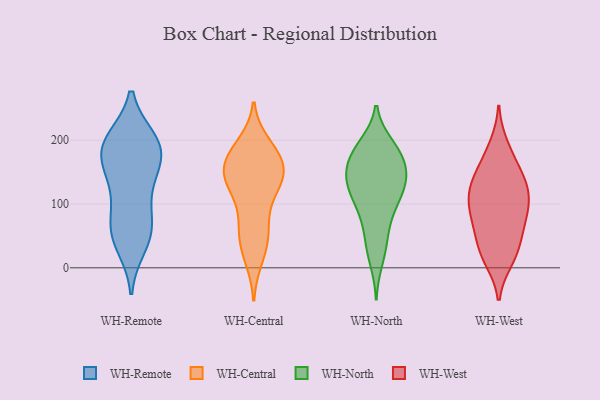
{"axis": {"x": "Population (Million)", "y": "Value"}, "legend": ["WH-Central", "WH-North", "WH-Remote", "WH-West"], "data": [{"x": "", "y": 195, "type": "WH-Remote"}, {"x": "", "y": 166, "type": "WH-Remote"}, {"x": "", "y": 52, "type": "WH-Remote"}, {"x": "", "y": 124, "type": "WH-Remote"}, {"x": "", "y": 198, "type": "WH-Remote"}, {"x": "", "y": 35, "type": "WH-Remote"}, {"x": "", "y": 71, "type": "WH-Remote"}, {"x": "", "y": 196, "type": "WH-Remote"}, {"x": "", "y": 51, "type": "WH-Remote"}, {"x": "", "y": 115, "type": "WH-Remote"}, {"x": "", "y": 159, "type": "WH-Remote"}, {"x": "", "y": 163, "type": "WH-Remote"}, {"x": "", "y": 187, "type": "WH-Remote"}, {"x": "", "y": 68, "type": "WH-Remote"}, {"x": "", "y": 200, "type": "WH-Remote"}, {"x": "", "y": 139, "type": "WH-Central"}, {"x": "", "y": 151, "type": "WH-Central"}, {"x": "", "y": 54, "type": "WH-Central"}, {"x": "", "y": 83, "type": "WH-Central"}, {"x": "", "y": 193, "type": "WH-Central"}, {"x": "", "y": 130, "type": "WH-Central"}, {"x": "", "y": 60, "type": "WH-Central"}, {"x": "", "y": 149, "type": "WH-Central"}, {"x": "", "y": 139, "type": "WH-Central"}, {"x": "", "y": 15, "type": "WH-Central"}, {"x": "", "y": 120, "type": "WH-Central"}, {"x": "", "y": 179, "type": "WH-Central"}, {"x": "", "y": 128, "type": "WH-Central"}, {"x": "", "y": 52, "type": "WH-Central"}, {"x": "", "y": 178, "type": "WH-Central"}, {"x": "", "y": 168, "type": "WH-Central"}, {"x": "", "y": 158, "type": "WH-Central"}, {"x": "", "y": 24, "type": "WH-Central"}, {"x": "", "y": 184, "type": "WH-Central"}, {"x": "", "y": 42, "type": "WH-North"}, {"x": "", "y": 190, "type": "WH-North"}, {"x": "", "y": 134, "type": "WH-North"}, {"x": "", "y": 114, "type": "WH-North"}, {"x": "", "y": 141, "type": "WH-North"}, {"x": "", "y": 178, "type": "WH-North"}, {"x": "", "y": 75, "type": "WH-North"}, {"x": "", "y": 97, "type": "WH-North"}, {"x": "", "y": 12, "type": "WH-North"}, {"x": "", "y": 141, "type": "WH-North"}, {"x": "", "y": 172, "type": "WH-North"}, {"x": "", "y": 172, "type": "WH-North"}, {"x": "", "y": 144, "type": "WH-North"}, {"x": "", "y": 118, "type": "WH-North"}, {"x": "", "y": 192, "type": "WH-North"}, {"x": "", "y": 147, "type": "WH-North"}, {"x": "", "y": 124, "type": "WH-North"}, {"x": "", "y": 181, "type": "WH-North"}, {"x": "", "y": 36, "type": "WH-North"}, {"x": "", "y": 86, "type": "WH-North"}, {"x": "", "y": 59, "type": "WH-West"}, {"x": "", "y": 76, "type": "WH-West"}, {"x": "", "y": 90, "type": "WH-West"}, {"x": "", "y": 120, "type": "WH-West"}, {"x": "", "y": 149, "type": "WH-West"}, {"x": "", "y": 192, "type": "WH-West"}, {"x": "", "y": 116, "type": "WH-West"}, {"x": "", "y": 102, "type": "WH-West"}, {"x": "", "y": 18, "type": "WH-West"}, {"x": "", "y": 180, "type": "WH-West"}, {"x": "", "y": 118, "type": "WH-West"}, {"x": "", "y": 87, "type": "WH-West"}, {"x": "", "y": 79, "type": "WH-West"}, {"x": "", "y": 144, "type": "WH-West"}, {"x": "", "y": 12, "type": "WH-West"}, {"x": "", "y": 38, "type": "WH-West"}, {"x": "", "y": 150, "type": "WH-West"}, {"x": "", "y": 127, "type": "WH-West"}, {"x": "", "y": 18, "type": "WH-West"}, {"x": "", "y": 44, "type": "WH-West"}]}